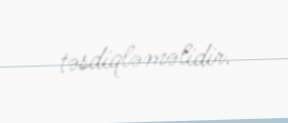
təsdiqləməlidir.